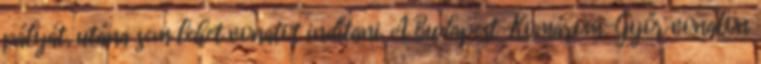
pályát, utána sem lehet vonatot indítani. A Budapest-Komárom-Győr vonalon